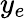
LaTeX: y_{e}